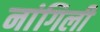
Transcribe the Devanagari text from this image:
नांगिली